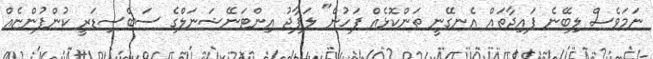
ނަމަވެސް ލިބޭނެ ފައިދާތައް އެނގޭނީ ތަންކޮޅެއް ފަހުން" ލަފާޖު އިންޓަނޭޝަނަލްގެ ސަބްސިޑަރީ ކުންފުންޏެއް